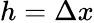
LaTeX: h=\Delta x